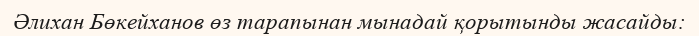
Әлихан Бөкейханов өз тарапынан мынадай қорытынды жасайды: